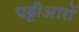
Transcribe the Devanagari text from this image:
पट्टीआरों